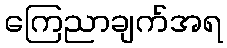
ကြေညာချက်အရ